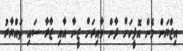
އިޒްޔަން މެން އޮފީހަށް ދާން ވާއިރަށް ޒީނާ އާއި ޒާރާ ސައި ތައްޔާރު